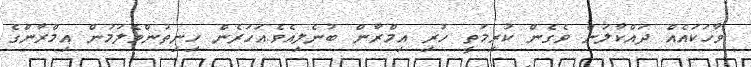
ވާހަކައެއް ދައްކާލަން ވެގެން ކުރިމަތީ ހުރި އިމްރާން ބުނެލިއެވެ.އަހަރެން ހިނިތުންވެލަމުން އިމްރާންގެ